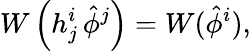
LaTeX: W\left(h_{j}^{i}\, \hat{\phi}^{j}\right)=W(\hat{\phi}^{i}),